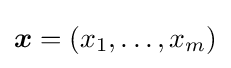
{\boldsymbol {x}}=(x_{1},\ldots ,x_{m})